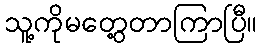
သူ့ကိုမတွေ့တာကြာပြီ။